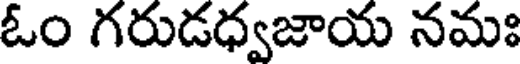
ఓం గరుడధ్వజాయ నమః